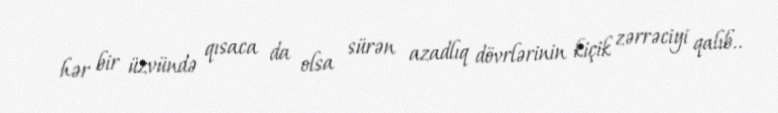
hər bir üzvündə qısaca da olsa sürən azadlıq dövrlərinin kiçik zərrəciyi qalıb..